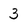
Character: 3